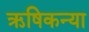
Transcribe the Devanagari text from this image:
ऋषिकन्या